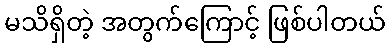
မသိရှိတဲ့ အတွက်ကြောင့် ဖြစ်ပါတယ်